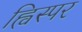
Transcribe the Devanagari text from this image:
ह्विस्पर